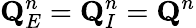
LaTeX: \mathbf{Q}_{E}^{n}=\mathbf{Q}_{I}^{n}=\mathbf{Q}^{n}